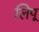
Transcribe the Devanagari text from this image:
लिपू